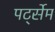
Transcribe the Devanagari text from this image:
पर्ट्सेम